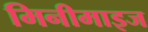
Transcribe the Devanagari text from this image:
मिनीमाइज